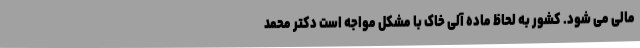
مالی می شود. کشور به لحاظ ماده آلی خاک با مشکل مواجه است دکتر محمد